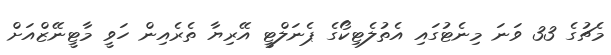
މެޗުގެ 33 ވަނަ މިނެޓުގައި އެތުލެޓިކޯގެ ޕެނަލްޓީ އޭރިޔާ ތެރެއިން ހަވީ މާޓީނޭޒްއަށް